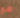
هو